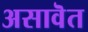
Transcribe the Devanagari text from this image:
असावॆत